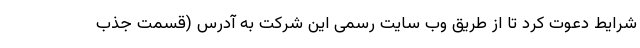
شرایط دعوت کرد تا از طریق وب سایت رسمی این شرکت به آدرس (قسمت جذب